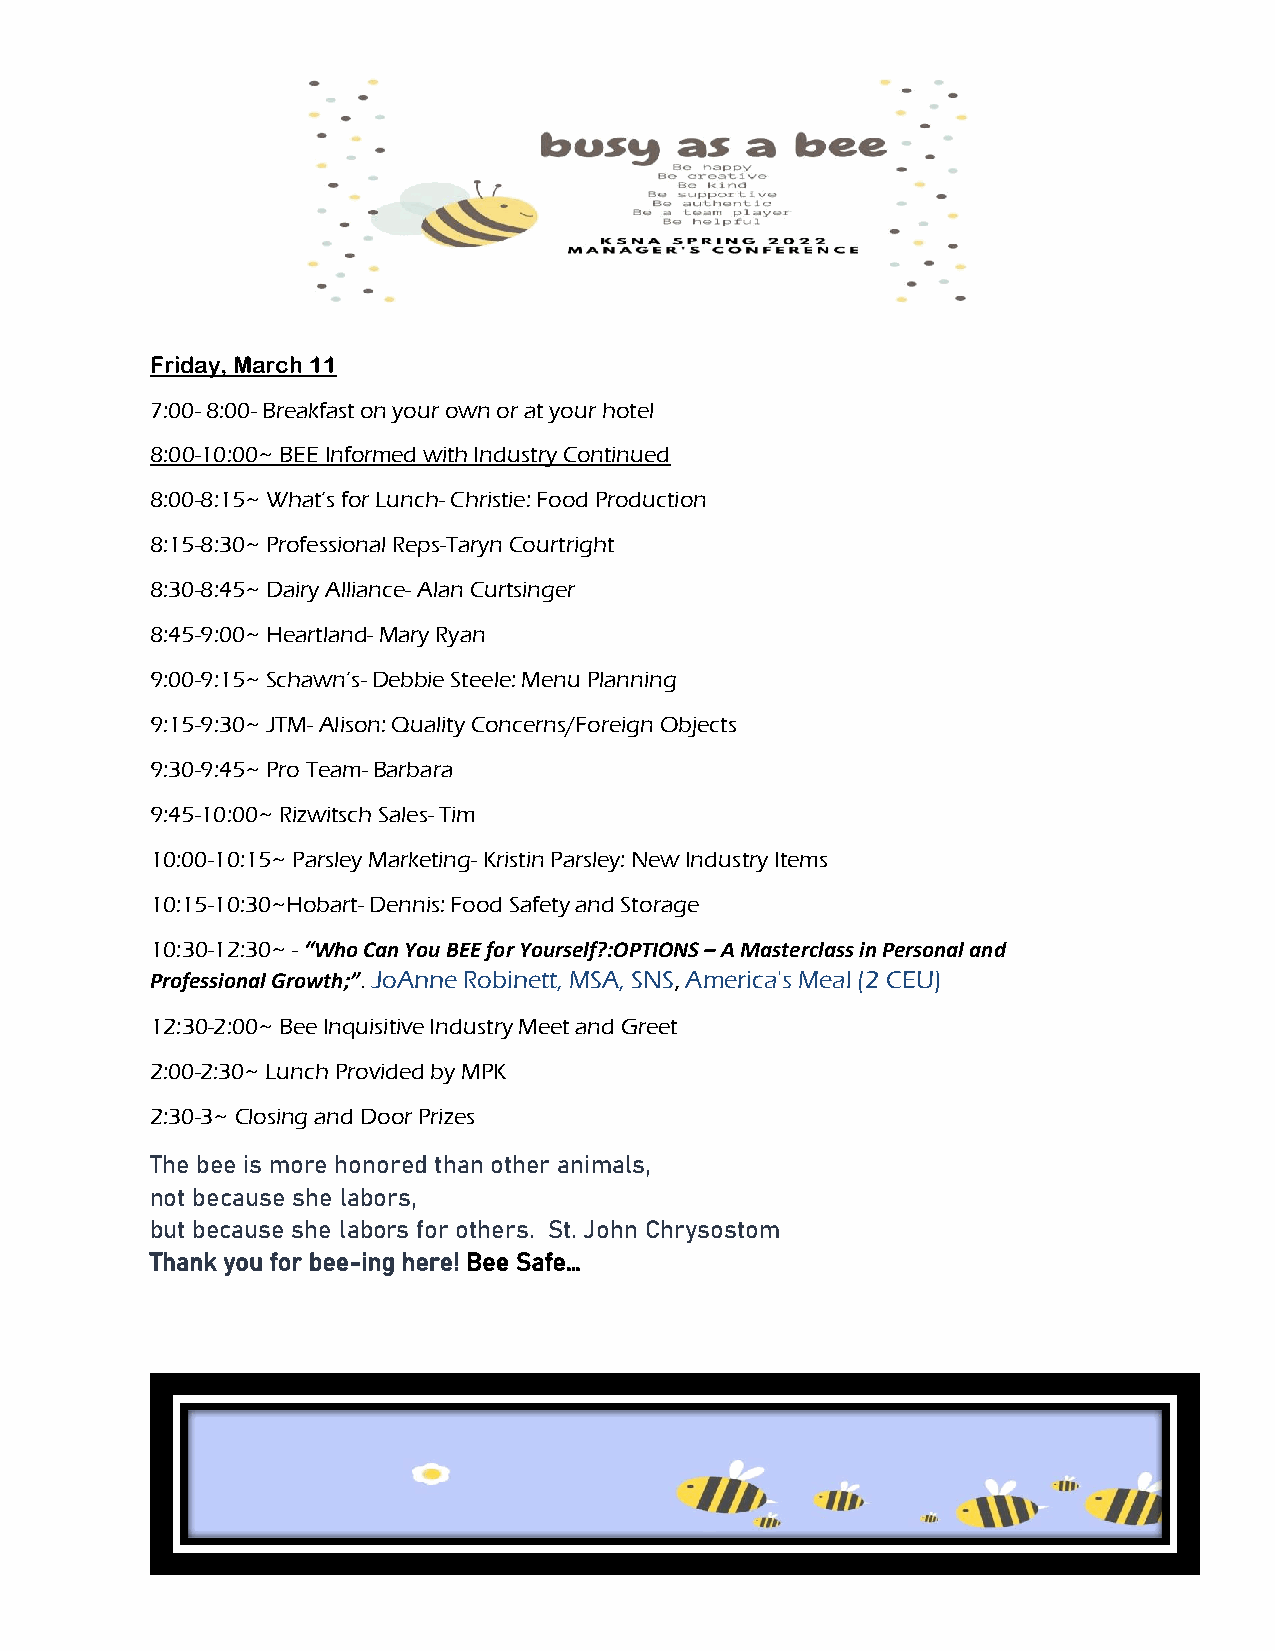
Friday, March 11
 7:00- 8:00- Breakfast on your own or at your hotel
 8:00-10:00~ BEE Informed with Industry Continued
 8:00-8:15~ What’s for Lunch- Christie: Food Production
 8:15-8:30~ Professional Reps-Taryn Courtright
 8:30-8:45~ Dairy Alliance- Alan Curtsinger
 8:45-9:00~ Heartland- Mary Ryan
 9:00-9:15~ Schawn’s- Debbie Steele: Menu Planning
 9:15-9:30~ JTM- Alison: Quality Concerns/Foreign Objects
 9:30-9:45~ Pro Team- Barbara
 9:45-10:00~ Rizwitsch Sales- Tim
 10:00-10:15~ Parsley Marketing- Kristin Parsley: New Industry Items
 10:15-10:30~Hobart- Dennis: Food Safety and Storage
 10:30-12:30~ - “Who Can You BEE for Yourself?:OPTIONS – A Masterclass in Personal and
 Professional Growth;”. JoAnne Robinett, MSA, SNS, America's Meal (2 CEU)
 12:30-2:00~ Bee Inquisitive Industry Meet and Greet
 2:00-2:30~ Lunch Provided by MPK
 2:30-3~ Closing and Door Prizes
 The bee is more honored than other animals,
 not because she labors,
 but because she labors for others. St. John Chrysostom
 Thank you for bee-ing here! Bee Safe…